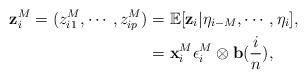
LaTeX: \begin{align*}\mathbf{z}_i^M=(z_{i1}^M, \cdots, z_{ip}^M)&=\mathbb{E}[\mathbf{z}_i \vert \eta_{i-M},\cdots, \eta_i], \\&=\mathbf{x}_i^M \epsilon_i^M \otimes \mathbf{b}(\frac{i}{n}), \end{align*}